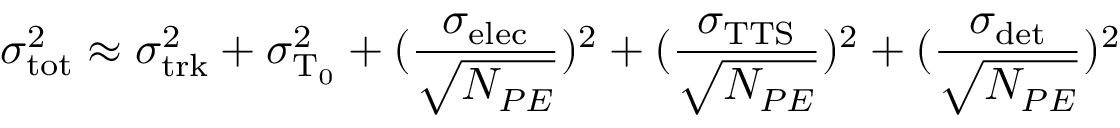
\sigma _ { \mathrm { t o t } } ^ { 2 } \approx \sigma _ { \mathrm { t r k } } ^ { 2 } + \sigma _ { \mathrm { T _ { 0 } } } ^ { 2 } + ( \frac { \sigma _ { \mathrm { e l e c } } } { \sqrt { N _ { P E } } } ) ^ { 2 } + ( \frac { \sigma _ { \mathrm { T T S } } } { \sqrt { N _ { P E } } } ) ^ { 2 } + ( \frac { \sigma _ { \mathrm { d e t } } } { \sqrt { N _ { P E } } } ) ^ { 2 }